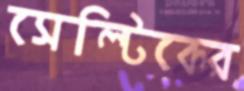
সেল্টিকের